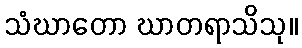
သံဃာတော ဃာတရာသိသု။